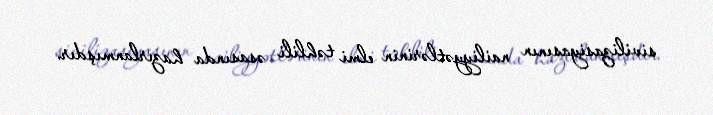
sivilizasiyasının nailiyyətlərinin elmi təhlili əsasında hazırlanmışdır.